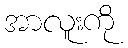
အာလူးကို